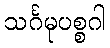
သင်္ဂမုပစ္စဂါ